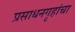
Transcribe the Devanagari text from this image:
प्रसाधनगृहांचा